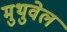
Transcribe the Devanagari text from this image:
मुथुवेल